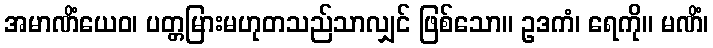
အမာဏိံယေဝ၊ ပတ္တမြားမဟုတသည်သာလျှင် ဖြစ်သော။ ဥဒကံ၊ ရေကို။ မဏိံ၊